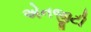
એનજીટી